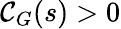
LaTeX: \mathcal{C}_{G}(s)>0